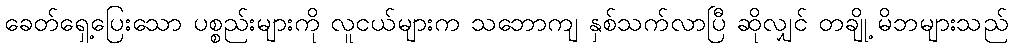
ခေတ်ရှေ့ပြေးသော ပစ္စည်းများကို လူငယ်များက သဘောကျ နှစ်သက်လာပြီ ဆိုလျှင် တချို့ မိဘများသည်